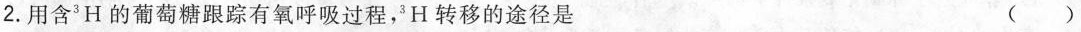
2.用含^{3}H的葡萄糖跟踪有氧呼吸过程，^{3}H转移的途径是 ( )